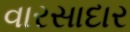
વારસાદાર